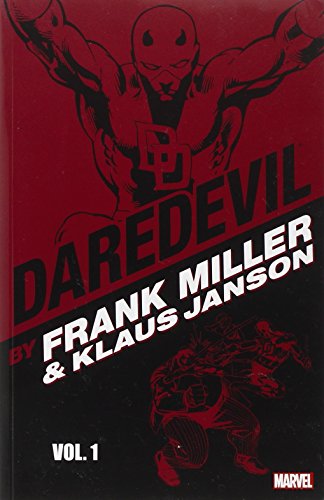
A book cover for DAREDEVIL BY FRANK MILLER & KLAUS JANSON VOL. 1; Frank Miller; Comics & Graphic Novels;